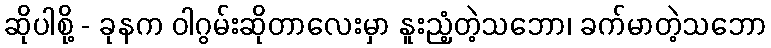
ဆိုပါစို့ - ခုနက ဝါဂွမ်းဆိုတာလေးမှာ နူးညံ့တဲ့သဘော၊ ခက်မာတဲ့သဘော